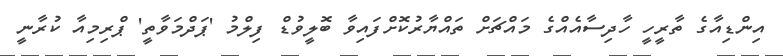
އިންޑިއާގެ ތާރީހީ ހާދިސާއެއްގެ މައްޗަށް ތައްޔާރުކޮށްފައިވާ ބޮލީވުޑް ފިލްމު 'ޕަދްމަވާތީ' ޕްރިމިއާ ކުރާނީ